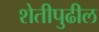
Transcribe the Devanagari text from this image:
शेतीपुढील